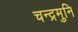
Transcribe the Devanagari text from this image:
चन्द्रमुनि